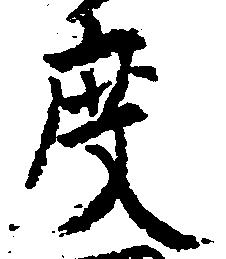
度